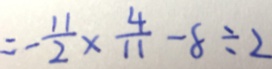
= - \frac { 1 1 } { 2 } \times \frac { 4 } { 1 1 } - 8 \div 2